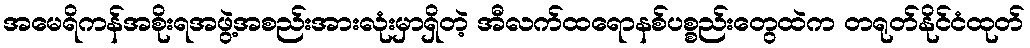
အမေရိကန်အစိုးရအဖွဲ့အစည်းအားလုံးမှာရှိတဲ့ အီလက်ထရောနစ်ပစ္စည်းတွေထဲက တရုတ်နိုင်ငံထုတ်